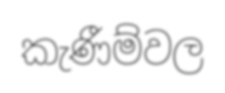
කැණීම්වල